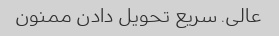
عالی. سریع تحویل دادن ممنون